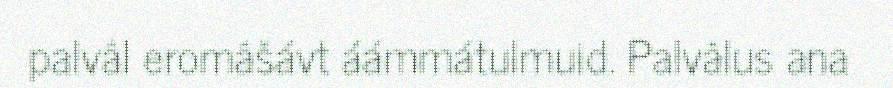
palvâl eromâšávt áámmátulmuid. Palvâlus ana